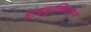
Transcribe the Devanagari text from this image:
हाइड्राक्सिलेज़